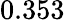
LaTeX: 0.353